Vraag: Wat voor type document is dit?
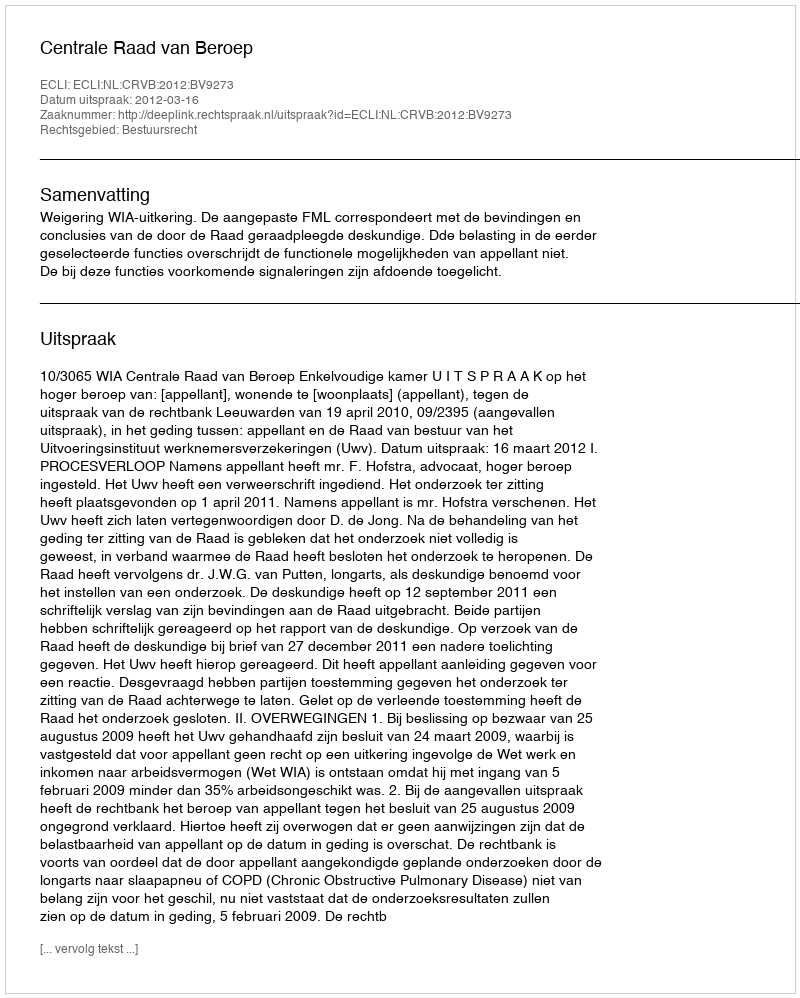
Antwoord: Uitspraak